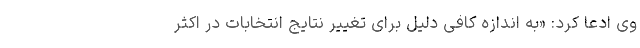
وی ادعا کرد: «به اندازه کافی دلیل برای تغییر نتایج انتخابات در اکثر